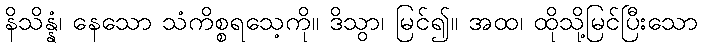
နိသိန္နံ၊ နေသော သံကိစ္စရသေ့ကို။ ဒိသွာ၊ မြင်၍။ အထ၊ ထိုသို့မြင်ပြီးသော